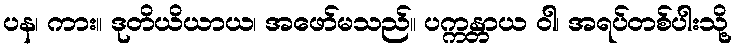
ပန၊ ကား။ ဒုတိယိယာယ၊ အဖော်မသည်။ ပက္ကန္တာယ ဝါ၊ အရပ်တစ်ပါးသို့